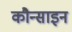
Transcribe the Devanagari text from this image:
कौन्साइन